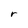
Character: r